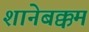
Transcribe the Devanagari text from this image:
शानेबक्कम